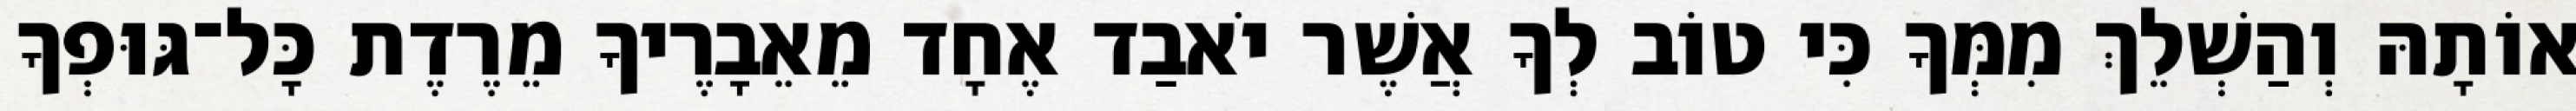
אוֹתָהּ וְהַשְׁלֵךְ מִמְּךָ כִּי טוֹב לְךָ אֲשֶׁר יֹאבַד אֶחָד מֵאֵבָרֶיךָ מֵרֶדֶת כָּל־גּוּפְךָ